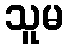
သူမ